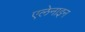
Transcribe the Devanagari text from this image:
एलेनाइन